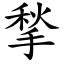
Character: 揫